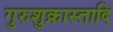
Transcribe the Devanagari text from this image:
गुरुशुक्रास्तादि